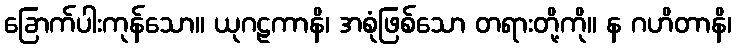
ခြောက်ပါးကုန်သော။ ယုဂဠကာနိ၊ အစုံဖြစ်သော တရားတို့ကို။ န ဂဟိတာနိ၊